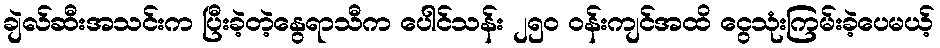
ချဲလ်ဆီးအသင်းက ပြီးခဲ့တဲ့နွေရာသီက ပေါင်သန်း ၂၅၀ ဝန်းကျင်အထိ ငွေသုံးကြမ်းခဲ့ပေမယ့်